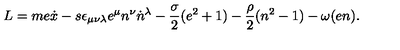
L = m e \dot { x } - s \epsilon _ { \mu \nu \lambda } e ^ { \mu } n ^ { \nu } \dot { n } { } ^ { \lambda } - \frac { \sigma } { 2 } ( e ^ { 2 } + 1 ) - \frac { \rho } { 2 } ( n ^ { 2 } - 1 ) - \omega ( e n ) .